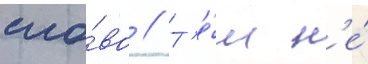
сло́во // Т'е́м н'е́